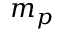
m _ { p }